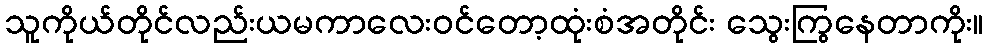
သူကိုယ်တိုင်လည်းယမကာလေးဝင်တော့ထုံးစံအတိုင်း သွေးကြွနေတာကိုး။